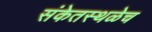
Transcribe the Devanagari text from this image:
संकेतस्थळेच